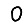
Digit: 0